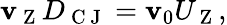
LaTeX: {\mathbf{v}_{\mathrm{{~Z~}}}}D_{\mathrm{{~C~J~}}}=\mathbf{v}_{0}{U_{\mathrm{{~Z~}}}},